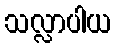
သလ္လာပါယ